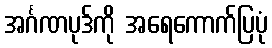
အင်္ဂဏပုဒ်ကို အရေကောက်ပြပုံ